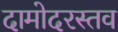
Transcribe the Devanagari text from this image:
दामोदरस्तव